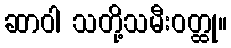
ဆာဝါ သတို့သမီးဝတ္ထု။